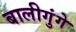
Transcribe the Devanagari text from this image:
बालीगुंगे